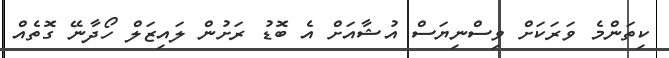
ކިތަންމެ ވަރަކަށް ވިސްނިޔަސް އުޝާއަށް އެ ބޮޑު ރަށުން ލައިޒަލް ހޯދާނޭ ގޮތެއް